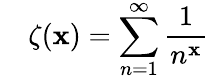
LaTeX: \quad\zeta(\mathbf{x})=\sum_{n=1}^{\infty}{\frac{{1}}{{n^{\mathbf{x}}}}}